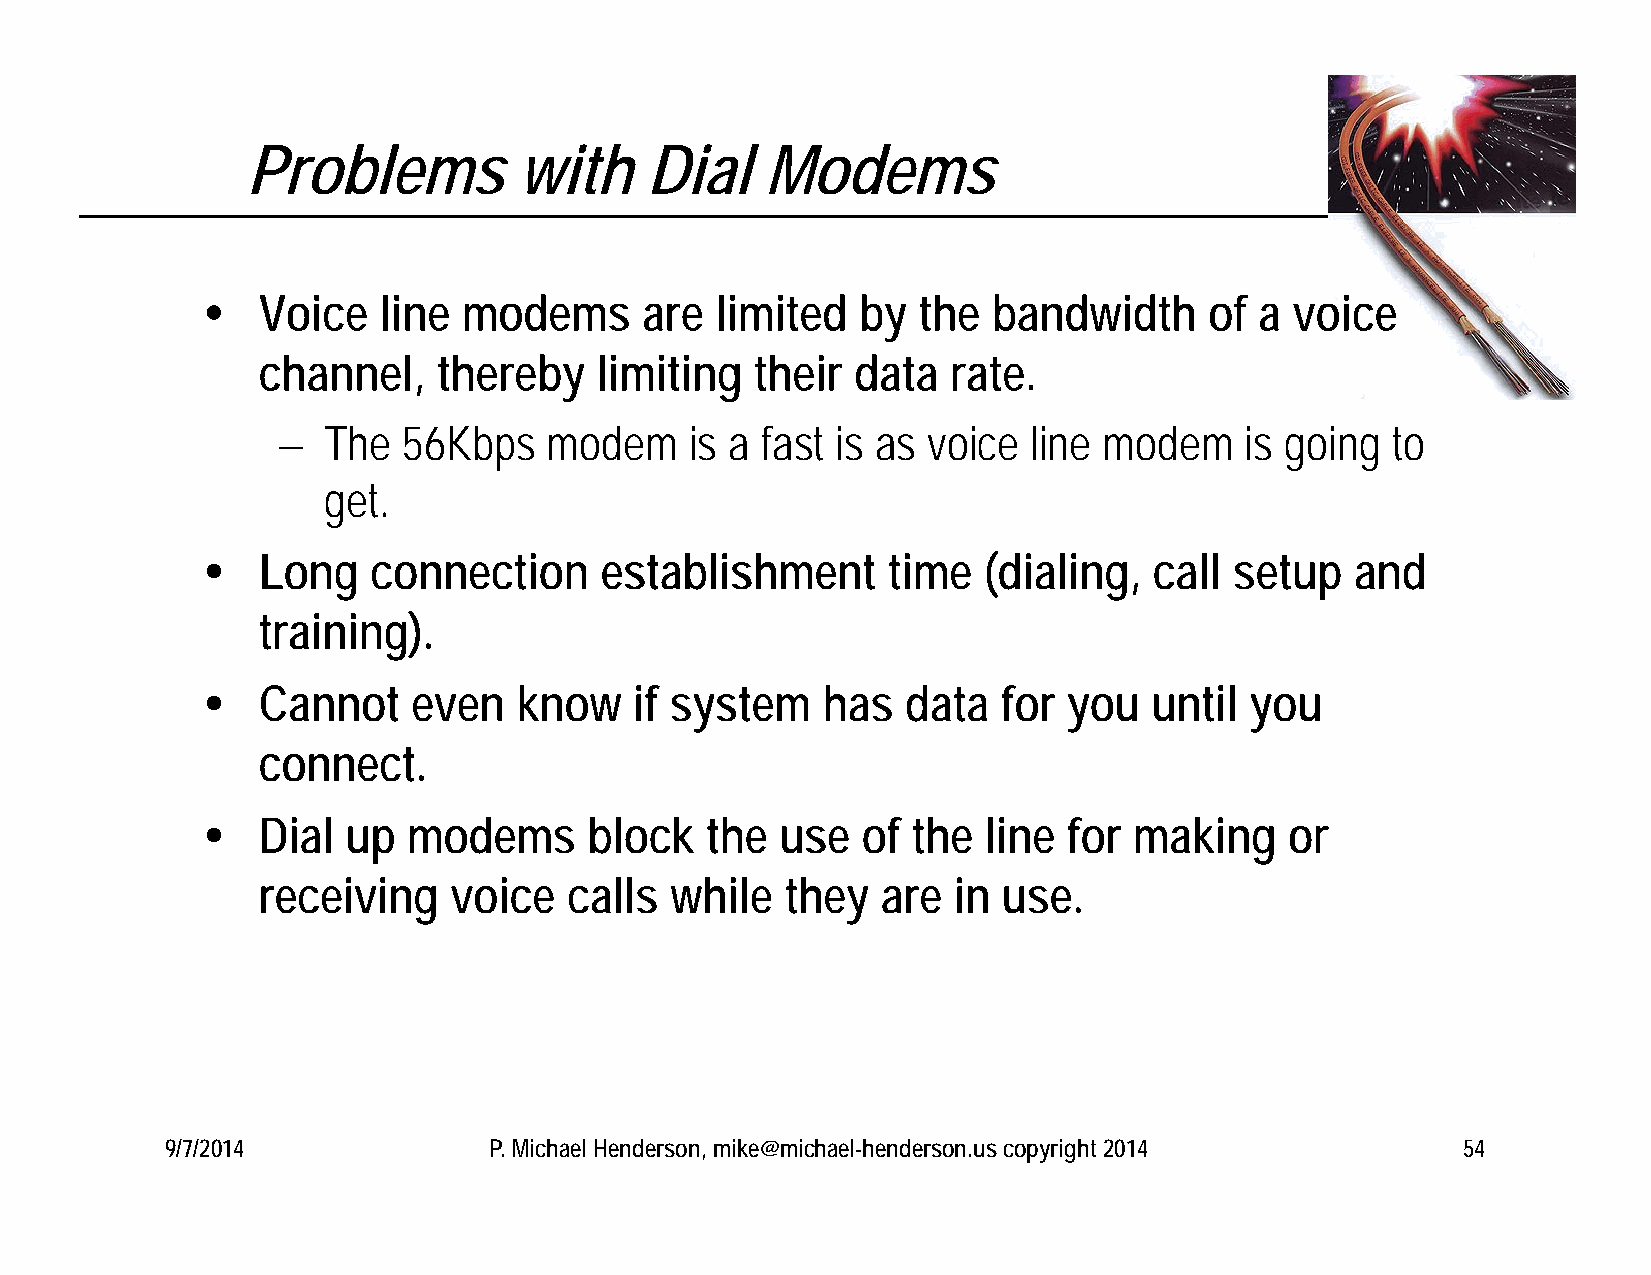
Problems          with     Dial    Modems
    Voice   line  modems     are  limited   by  the  bandwidth     of a  voice
 channel,    thereby   limiting   their  data  rate.
   The   56Kbps   modem     is a fast is as voice line modem    is going  to
 get.
    Long    connection     establishment      time  (dialing,  call  setup   and
 training).
    Cannot    even   know    if system   has   data  for  you  until  you
 connect.
    Dial  up  modems      block   the  use  of the  line  for making    or
 receiving    voice   calls while   they  are  in use.
 9/7/2014             P. Michael Henderson, mike@michael-henderson.us copyright 2014   54